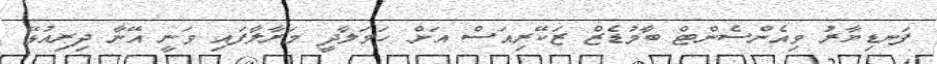
ފަނޑިޔާރު ވިއެންސެންޓް ބާމުޑެޒް ޒަކޭރިއަސް އަށް ހަމަލާދީ މަރާލާފައި ވަނީ އޭނާ ދިރިއުޅޭ